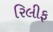
રિલીફ